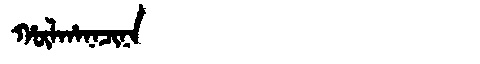
Manchu: ᡥᡡᠯᡥᠠᠨᠠᠴᡳᠨᠠ
Romanization: HŪLHANACINA